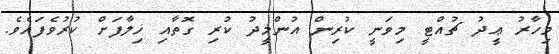
މިހާރު ޢީދު ޗުއްޓީ މިވަނީ ކުރިން އުންމީދު ކުރި ގޮތާއި ޚިލާފަށް ކުރުވެފައެވެ.